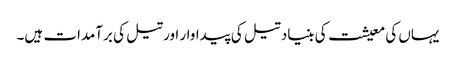
یہاں کی معیشت کی بنیاد تیل کی پیداوار اور تیل کی برآمدات ہیں۔